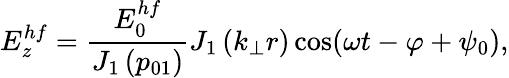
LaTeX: E_{z}^{hf}=\frac{E_{0}^{hf}}{J_{1}\left(p_{01}\right)}J_{1}\left(k_{\perp}r\right)\cos(\omega t-\varphi+\psi_{0}),